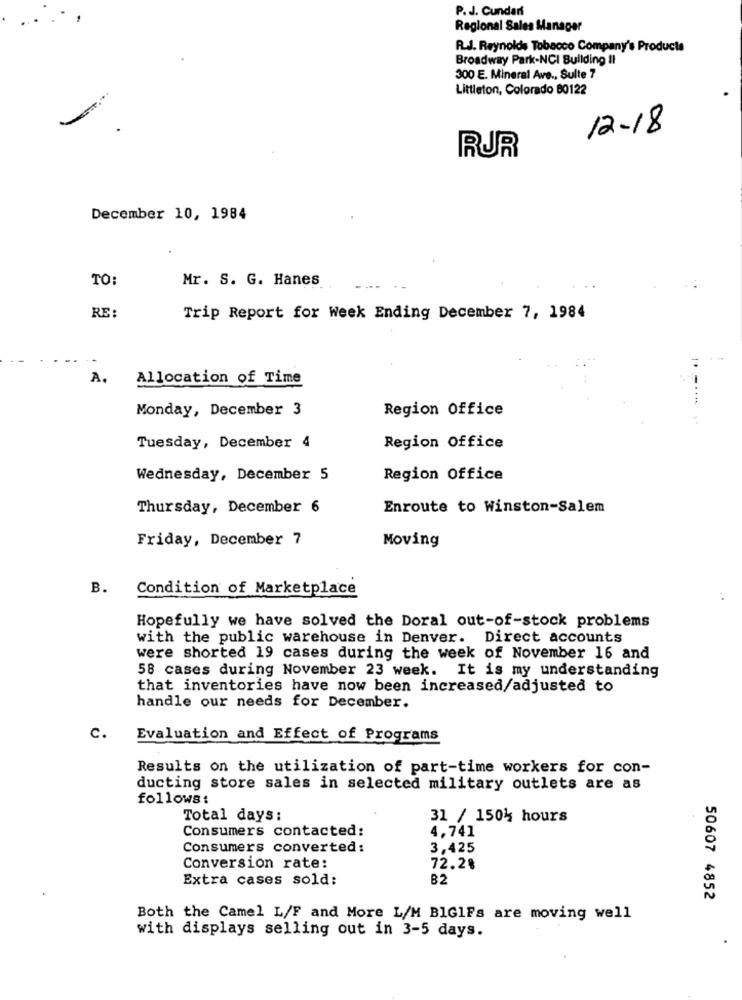
P. J. Cundari
Regional Sales Manager
R.J. Reynolds Tobacco Company's Products
Broadway Park-NCI Building Il
300 E. Mineral Ave ., Sulte 7
Littleton, Colorado 80122
12-18
RJR
December 10, 1984
TO:
Mr. S. G. Hanes
RE :
Trip Report for Week Ending December 7, 1984
A.
Allocation of Time
Monday, December 3
Region Office
Tuesday, December 4
Region Office
Wednesday, December 5
Region Office
Thursday, December 6
Enroute to Winston-Salem
Friday, December 7
Moving
B.
Condition of Marketplace
Hopefully we have solved the Doral out-of-stock problems
with the public warehouse in Denver. Direct accounts
were shorted 19 cases during the week of November 16 and
58 cases during November 23 week. It is my understanding
that inventories have now been increased/adjusted to
handle our needs for December.
c.
Evaluation and Effect of Programs
Results on the utilization of part-time workers for con-
ducting store sales in selected military outlets are as
follows:
Total days:
31 / 1504 hours
Consumers contacted:
4.741
Consumers converted:
3,425
Conversion rate:
72.2%
Extra cases sold:
B2
50607 4852
Both the Camel L/F and More L/M BIGlFs are moving well
with displays selling out in 3-5 days.